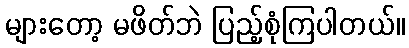
များတော့ မဖိတ်ဘဲ ပြည့်စုံကြပါတယ်။